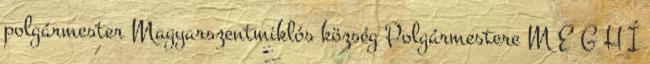
polgármester Magyarszentmiklós község Polgármestere M E G H Í